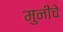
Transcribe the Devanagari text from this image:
मुनीचे